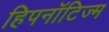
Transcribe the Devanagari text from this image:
हिपनॉटिज्म